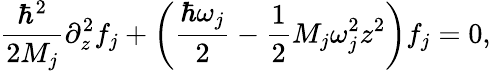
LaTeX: \frac{\hbar^{2}}{2M_{j}}\partial_{z}^{2}f_{j}+\left(\frac{\hbar\omega_{j}}{2}-\frac{1}{2}M_{j}\omega_{j}^{2}z^{2}\right)f_{j}=0,